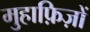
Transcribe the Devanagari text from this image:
मुहाफ़िज़ों